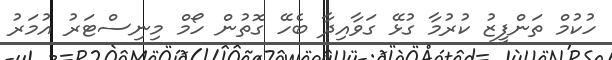
ހުކުމް ތަންފީޒު ކުރުމާ ގުޅޭ ގަވާއިދާ ބެހޭ ގޮތުން ހޯމް މިނިސްޓަރު އުމަރު